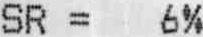
SR = 6%